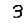
Digit: 3